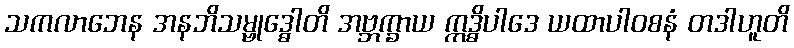
သကလာဘေန အနဘိသမ္ဗုဒ္ဓေါတိ အဗ္ဘက္ခာယ ဣဒ္ဓိပါဒေ ယထာပါဝစနံ တဒါဟူတိ